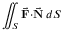
\iint _ { S } { \vec { \mathbf { F } } } \mathbf { \cdot } { \vec { \mathbf { N } } } \, d S